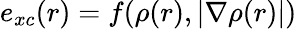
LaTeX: e_{xc}(r)=f(\rho(r),|\nabla\rho(r)|)